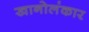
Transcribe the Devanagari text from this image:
खानोलंकार